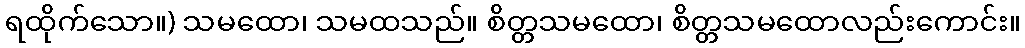
ရထိုက်သော။) သမထော၊ သမထသည်။ စိတ္တသမထော၊ စိတ္တသမထောလည်းကောင်း။